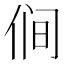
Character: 𰂋